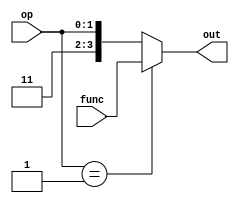
module alu_ctrl(
	input [3:0] func, 
	input [1:0] op, 
	output reg [3:0] out);
	
	always@(*) begin
		if (op == 2'b01)
			out <= func;
		else
			out <= {2'b 11, op};
	end
endmodule